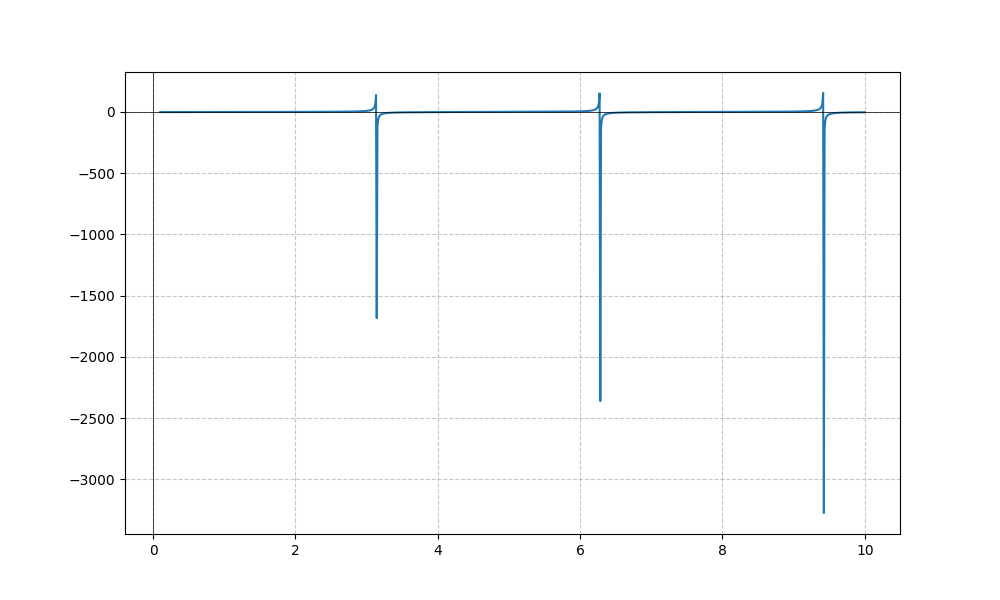
LaTeX formula: - \cot{\left(x \right)} \operatorname{atan}{\left(x \right)}